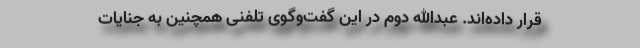
قرار داده‌اند. عبدالله دوم در این گفت‌وگوی تلفنی همچنین به جنایات